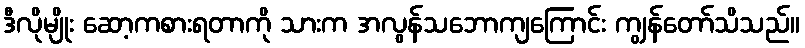
ဒီလိုမျိုး ဆော့ကစားရတာကို သားက အလွန်သဘောကျကြောင်း ကျွန်တော်သိသည်။